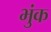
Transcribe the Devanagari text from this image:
भुंक